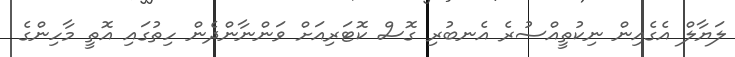
ލަޔާލް އެގެއިން ނިކުތީއްސުރެ އެނބުރި ގޮސް ކޮޓަރިއަށް ވަންނާންދެން ހިތުގައި އޮތީ މާހިންގެ